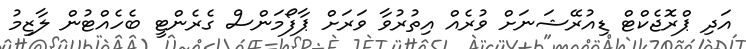
އަދި ޕްރޮޖެކްޓް ޑިއުރޭޝަނަށް ވުރެއް އިތުރުވާ ވަރަށް ޕާފޯމަންސް ގެރެންޓީ ބެހެއްޓުން ލާޒިމު